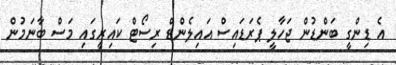
އެ ޑިންގީ ބަންޑުން ޖަހާލީ ޕެރަޑައިސް އައިލެންޑް ރިސޯޓް ކައިރީގައި މަސް ބާނަމުން